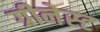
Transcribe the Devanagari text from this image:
ग्रीनेस्ट